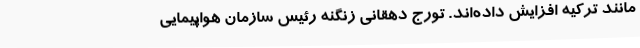
مانند ترکیه افزایش داده‌اند. تورج دهقانی زنگنه رئیس سازمان هواپیمایی